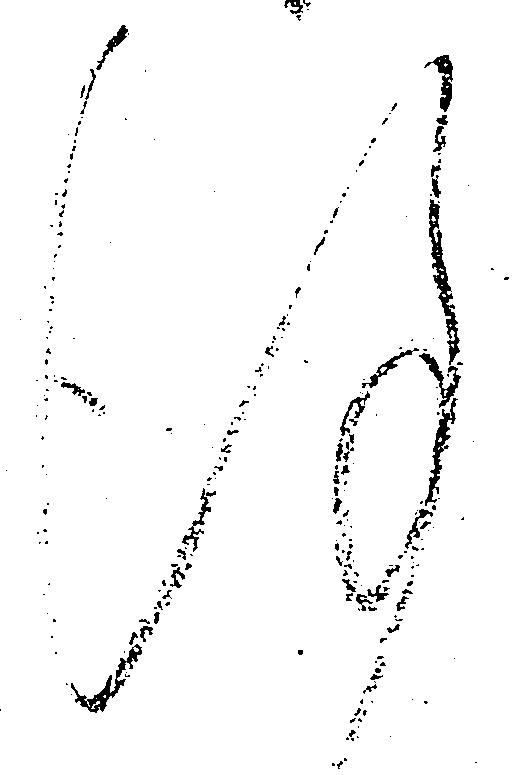
謹